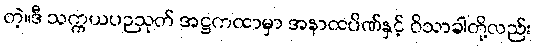
တဲ့။ဒီ သက္ကယပဉသုတ် အဋ္ဌကထာမှာ အနာထပိဏ်နှင့် ဝိသာခါတို့လည်း